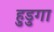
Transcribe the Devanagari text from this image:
हुडुगा